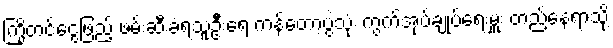
ကြိုတင်ငွေဖြည့် ဖမ်းဆီးခံရသူဦးရေ ကန်တော့ပွဲသုံး ကွက်အုပ်ချုပ်ရေးမှူး တည်နေရာသို့